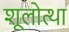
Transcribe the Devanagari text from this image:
शूलोत्था